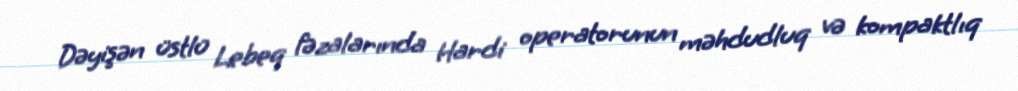
Dəyişən üstlü Lebeq fəzalarında Hardi operatorunun məhdudluq və kompaktlıq